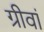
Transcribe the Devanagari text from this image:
ग्रीवां